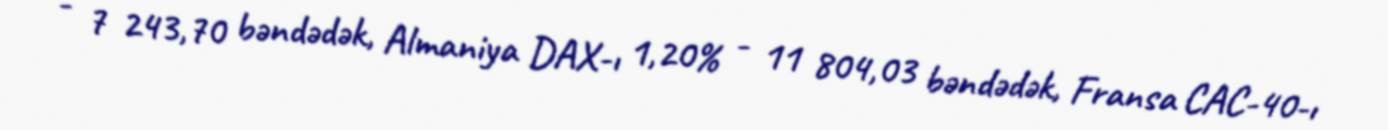
- 7 243,70 bəndədək, Almaniya DAX-ı 1,20% - 11 804,03 bəndədək, Fransa CAC-40-ı